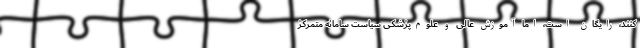
کنند، رایگان است، اما آموزش عالی و علوم‌پزشکی سیاست سامانه متمرکز